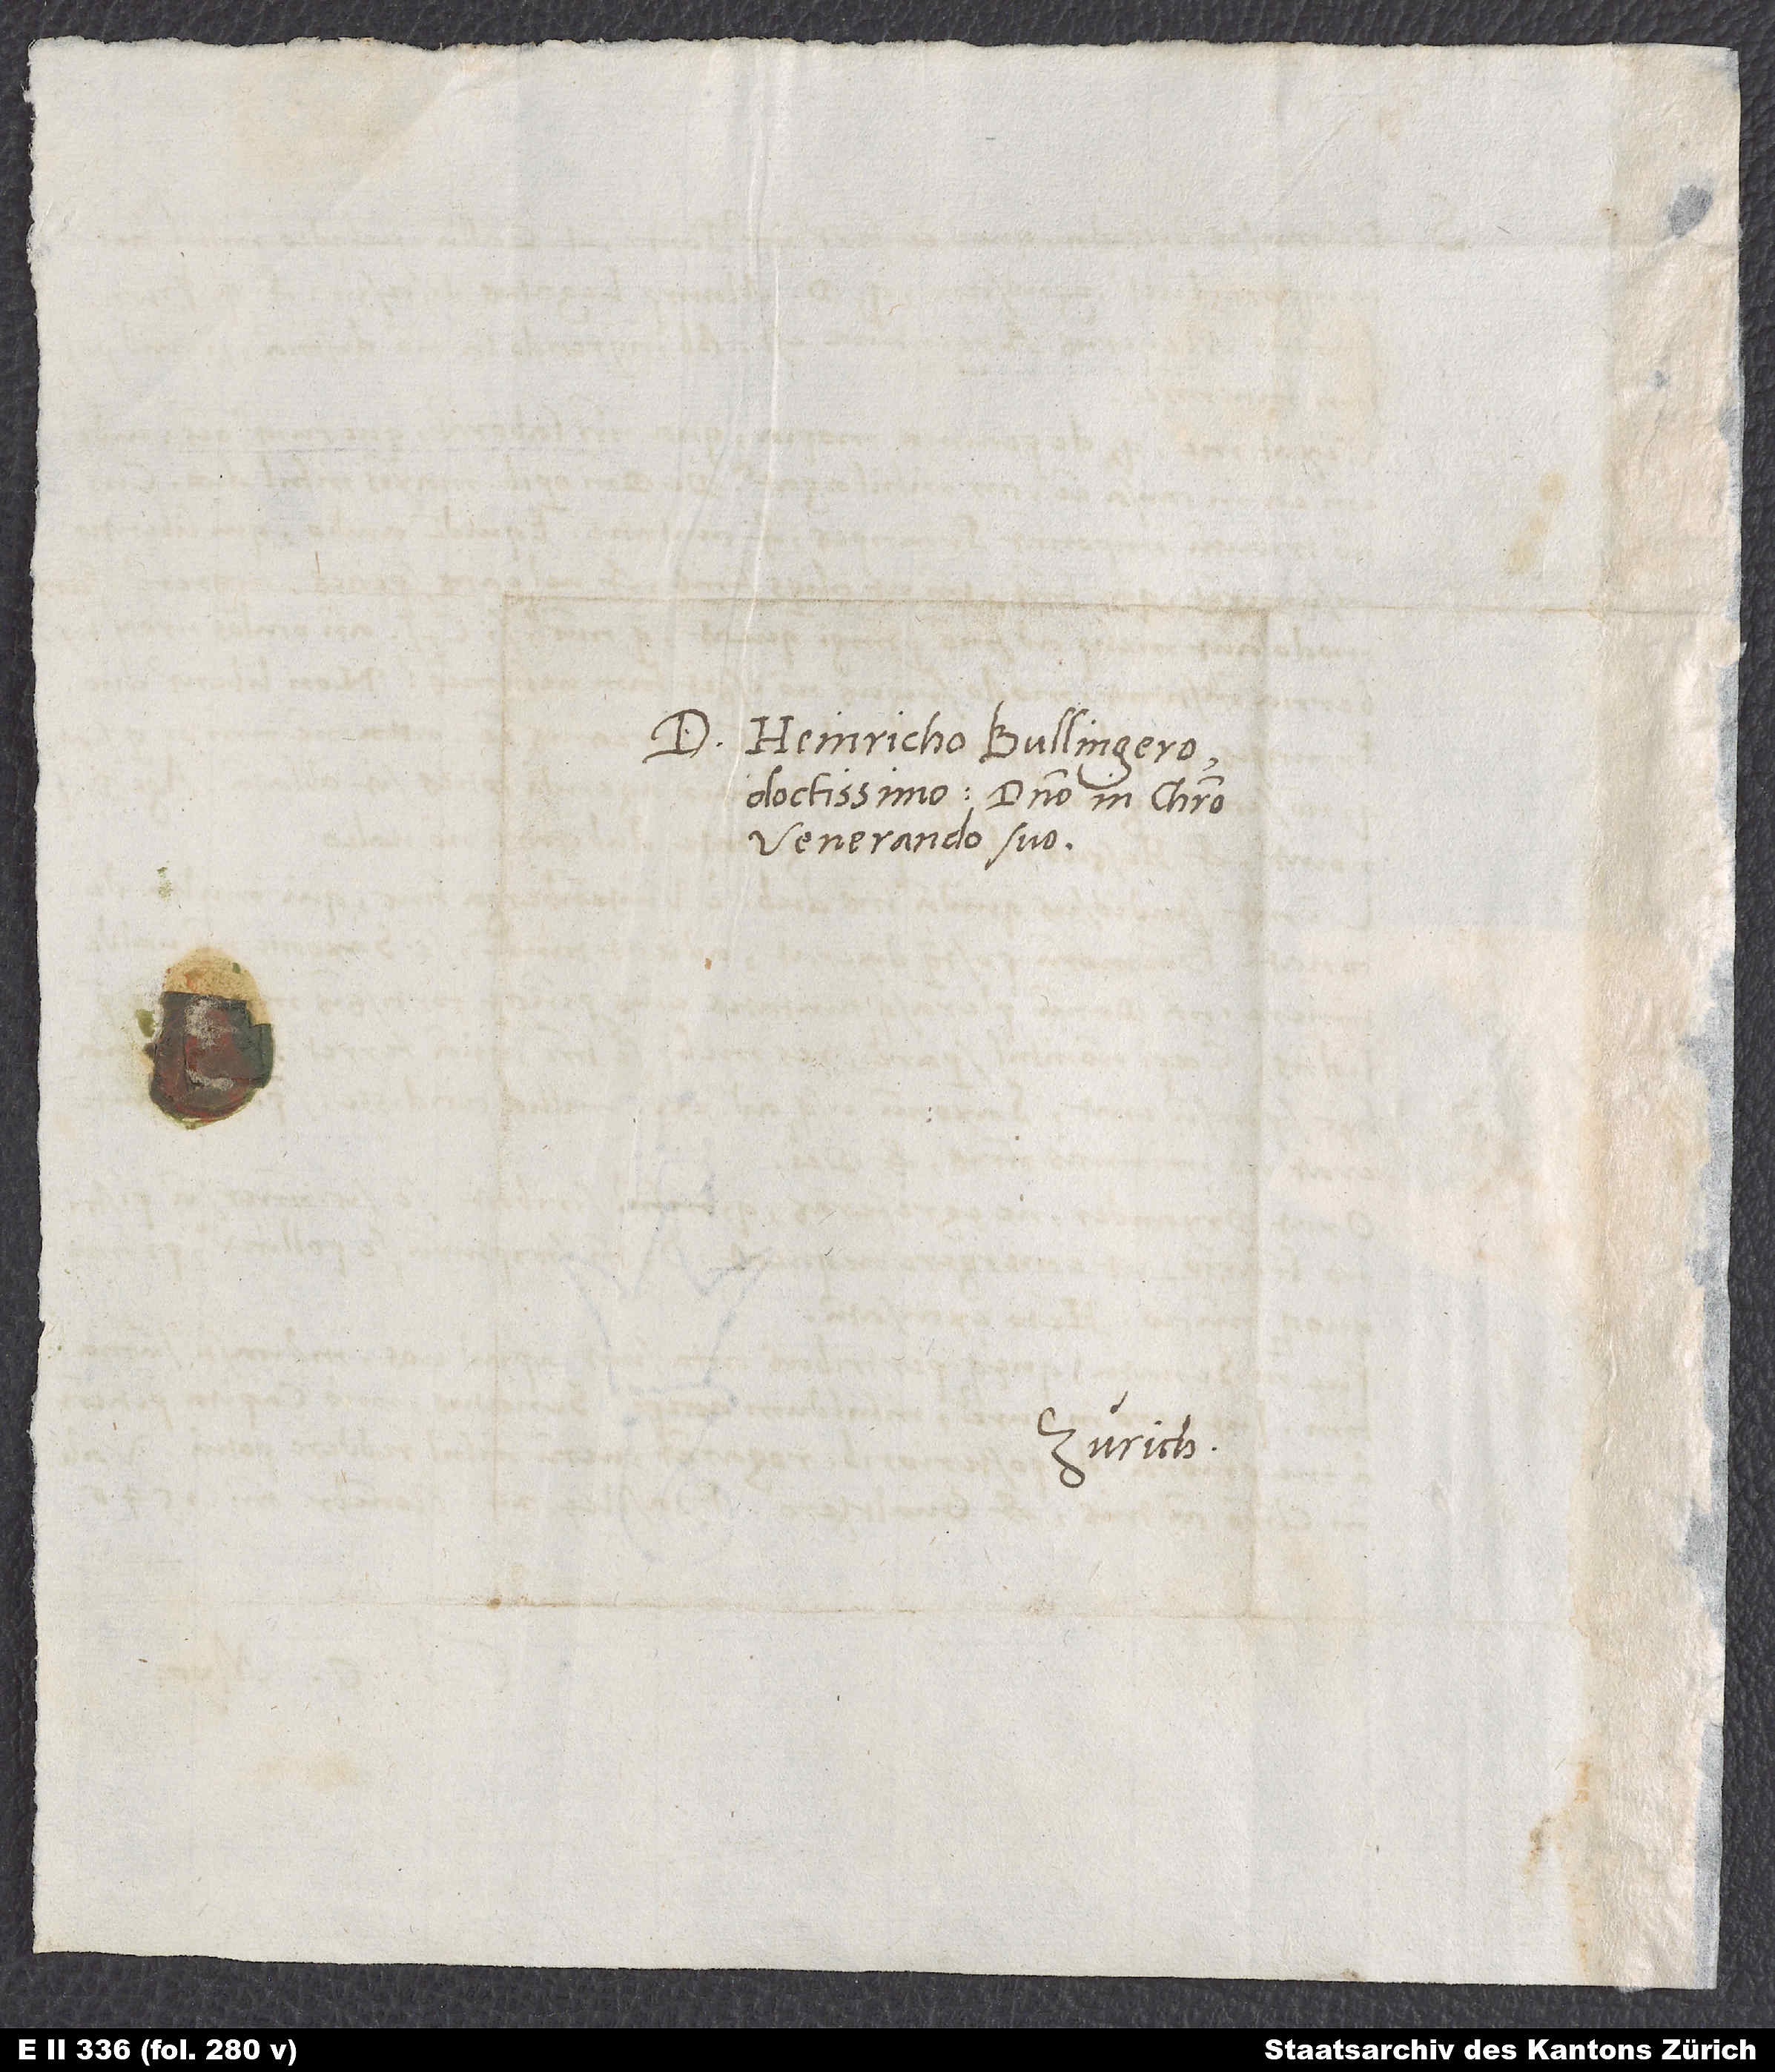
D. Heinricho Bullingero,
doctissimo domino in Christo
venerando suo.
Zürich.